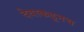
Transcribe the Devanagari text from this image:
देवाकडूनच